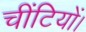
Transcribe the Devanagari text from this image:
चींटियों।